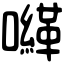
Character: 𡃈